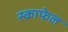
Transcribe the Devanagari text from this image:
स्काफेल